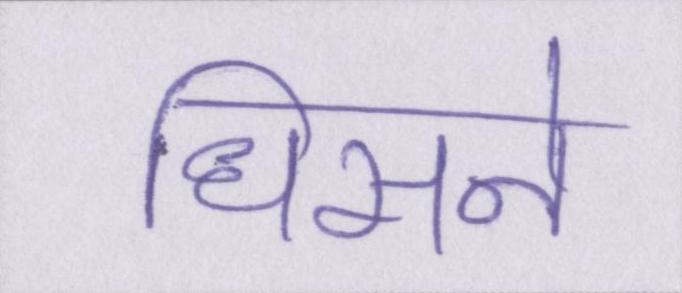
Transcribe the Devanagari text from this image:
धिसने